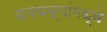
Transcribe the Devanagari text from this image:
धबधब्यांमध्ये